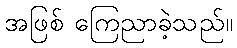
အဖြစ် ကြေညာခဲ့သည်။